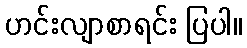
ဟင်းလျာစာရင်း ပြပါ။